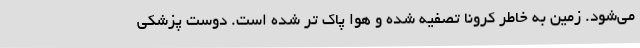
می‌شود. زمین به خاطر کرونا تصفیه شده و هوا پاک تر شده است. دوست پزشکی